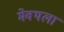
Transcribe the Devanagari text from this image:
मेवथला